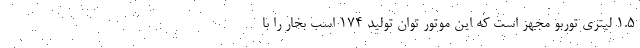
1.5 لیتری توربو مجهز است که این موتور توان تولید 174 اسب بخار را با